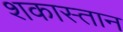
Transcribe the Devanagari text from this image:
शकास्तान